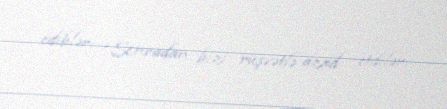
ediblər: “Sonradan bizi rüşvətlə azad etdilər.